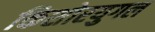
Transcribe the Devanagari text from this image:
किशोरयुगल